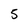
Character: 5